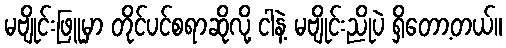
မဗျိုင်းဖြူမှာ တိုင်ပင်စရာဆိုလို့ ငါနဲ့ မဗျိုင်းညိုပဲ ရှိတော့တယ်။